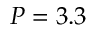
P = 3 . 3